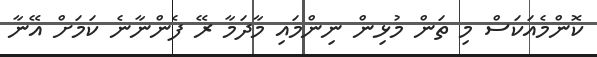
ކޮންމެއަކަސް މި ތަން މުޅިން ނިންމައި މާދަމާ ރޭ ފެންނާނެ ކަމަށް އޭނާ